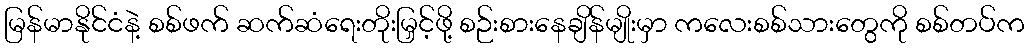
မြန်မာနိုင်ငံနဲ့ စစ်ဖက် ဆက်ဆံရေးတိုးမြှင့်ဖို့ စဉ်းစားနေချိန်မျိုးမှာ ကလေးစစ်သားတွေကို စစ်တပ်က